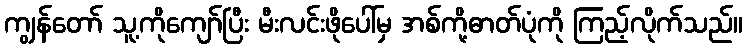
ကျွန်တော် သူ့ကိုကျော်ပြီး မီးလင်းဖိုပေါ်မှ အစ်ကို့ဓာတ်ပုံကို ကြည့်လိုက်သည်။